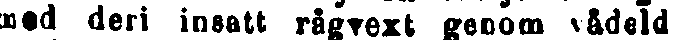
mod deri insatt rågvext genom vådeld